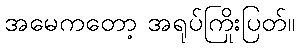
အမေကတော့ အရုပ်ကြိုးပြတ်။